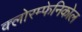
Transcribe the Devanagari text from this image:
क्लोरम्फेनिकोल